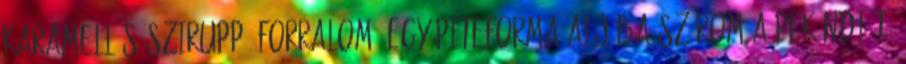
karamellás sziruppá forralom. Egy piteforma aljába szórom a pekándiót,